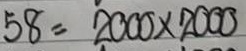
58 = 2000 x 2000